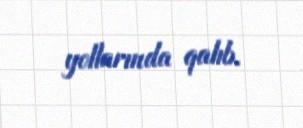
yollarında qalıb.